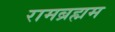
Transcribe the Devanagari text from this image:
रामब्रह्मम